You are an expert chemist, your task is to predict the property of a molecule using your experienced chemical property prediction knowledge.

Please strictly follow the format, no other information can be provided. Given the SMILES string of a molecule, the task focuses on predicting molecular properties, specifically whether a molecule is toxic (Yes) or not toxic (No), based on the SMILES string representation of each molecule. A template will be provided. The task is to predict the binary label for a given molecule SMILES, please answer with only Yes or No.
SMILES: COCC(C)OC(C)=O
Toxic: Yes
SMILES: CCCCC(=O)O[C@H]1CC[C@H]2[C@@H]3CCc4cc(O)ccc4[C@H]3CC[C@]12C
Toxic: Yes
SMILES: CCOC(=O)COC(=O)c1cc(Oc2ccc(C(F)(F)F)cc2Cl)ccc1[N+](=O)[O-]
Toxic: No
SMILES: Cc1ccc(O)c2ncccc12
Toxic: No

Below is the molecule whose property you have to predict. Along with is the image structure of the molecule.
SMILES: CC(C)CCCC(C)N
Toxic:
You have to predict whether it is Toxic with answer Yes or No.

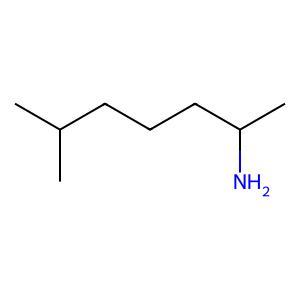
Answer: No